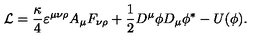
{ \cal L } = \frac \kappa 4 \varepsilon ^ { \mu \nu \rho } A _ { \mu } F _ { \nu \rho } + \frac 1 2 D ^ { \mu } \phi D _ { \mu } \phi ^ { * } - U ( \phi ) .